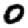
Digit: 0